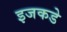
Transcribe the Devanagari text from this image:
इजकडे